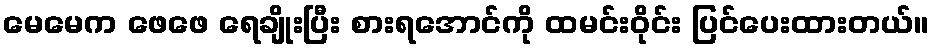
မေမေက ဖေဖေ ရေချိုးပြီး စားရအောင်ကို ထမင်းဝိုင်း ပြင်ပေးထားတယ်။